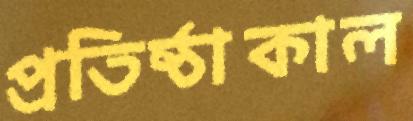
প্রতিষ্ঠাকাল